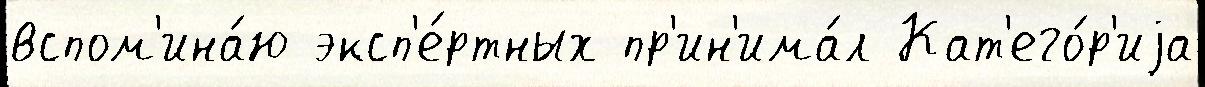
вспом'ина́ю эксп'е́ртных пр'ин'има́л Кат'его́р'иjа